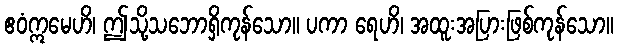
ဧဝံဣမေဟိ၊ ဤသို့သဘောရှိကုန်သော။ ပကာ ရေဟိ၊ အထူးအပြားဖြစ်ကုန်သော။